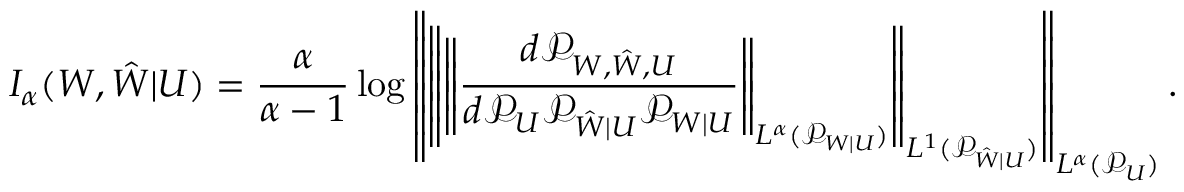
I _ { \alpha } ( W , \hat { W } | U ) = \frac { \alpha } { \alpha - 1 } \log \left\lVert \left\lVert \left\lVert \frac { d \mathcal { P } _ { W , \hat { W } , U } } { d \mathcal { P } _ { U } \mathcal { P } _ { \hat { W } | U } \mathcal { P } _ { W | U } } \right\rVert _ { L ^ { \alpha } ( \mathcal { P } _ { W | U } ) } \right\rVert _ { L ^ { 1 } ( \mathcal { P } _ { \hat { W } | U } ) } \right\rVert _ { L ^ { \alpha } ( \mathcal { P } _ { U } ) } .